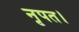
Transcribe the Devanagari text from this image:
नृपत।